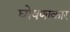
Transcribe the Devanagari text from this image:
घोषणाकार